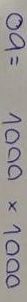
09 = 1000 x 1000